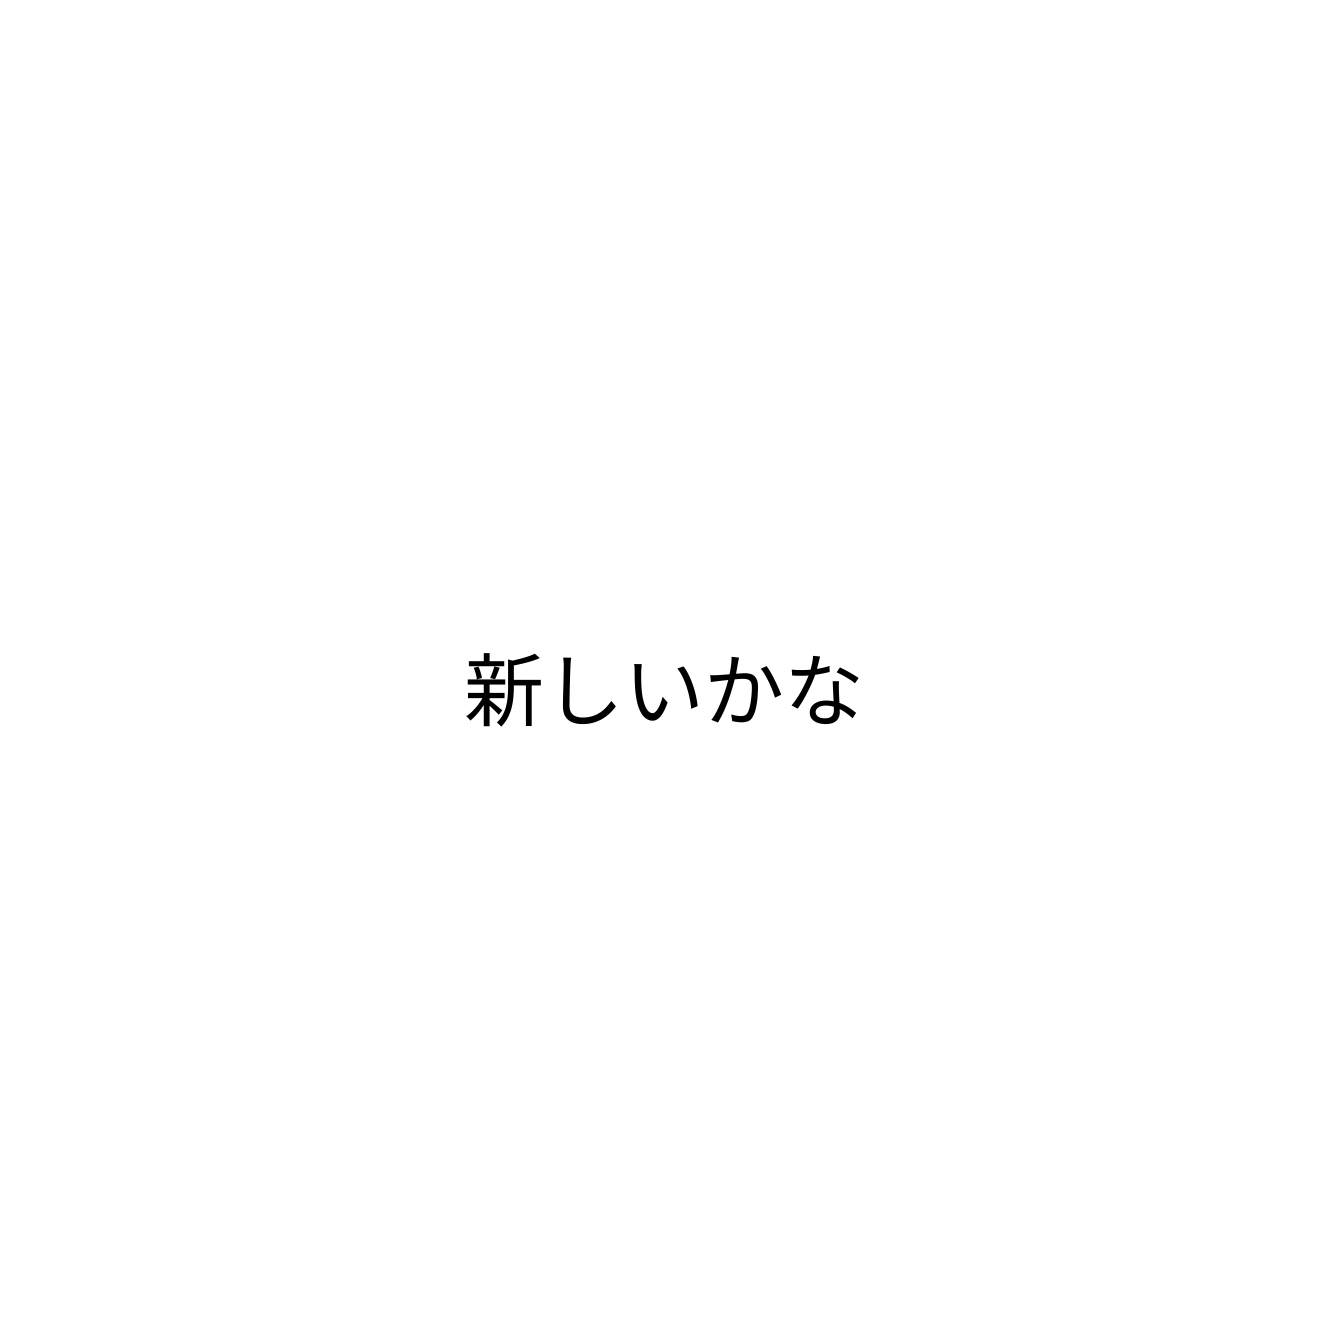
新しいかな